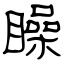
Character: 矂